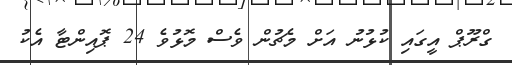
ގްރޫޕް އީގައި ކުޅުނު އަށް މެޗުން ވެސް މޮޅުވެ 24 ޕޮއިންޓާ އެކު